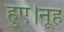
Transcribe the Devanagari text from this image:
हुए।नूह